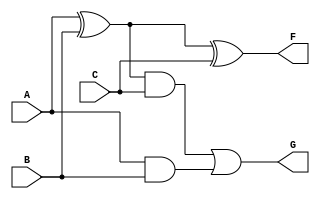
module TestVerilog(input A,B,C,output F,G);
//Full Adder
	
	
	
	xor (L,A,B);
	xor (F,L,C);
	
	and (P,L,C);
	and (Q,A,B);
	
	or  (G,P,Q);

endmodule